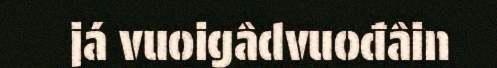
já vuoigâdvuođâin